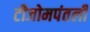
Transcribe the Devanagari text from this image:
टीजोमपंतली